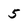
Character: 5